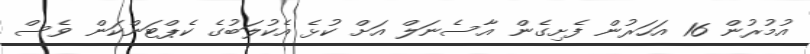
އުމުރުން 16 އަހަރުން ފެށިގެން އާސެނަލް އަށް ކުޅެ އެކުލަބުގެ ކެޕްޓަންކަން ވެސް